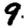
Digit: 9